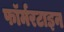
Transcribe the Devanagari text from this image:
फॉर्मरटाइन